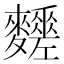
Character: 𪎀